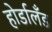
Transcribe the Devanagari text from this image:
होर्डालँड